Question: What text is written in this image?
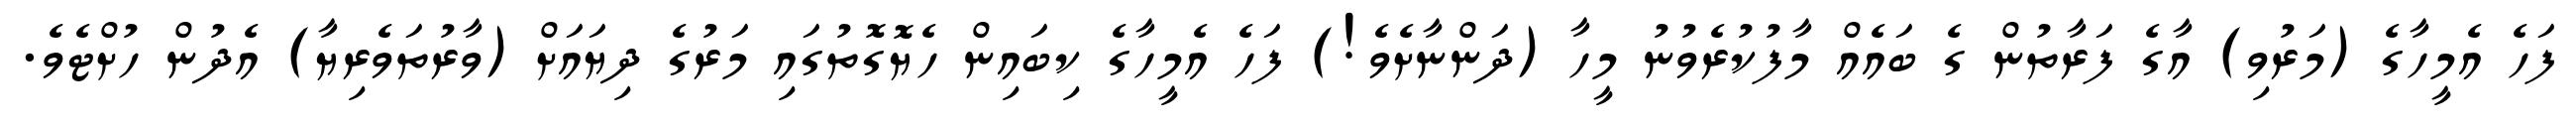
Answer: ފަހެ އެމީހާގެ (މަރުވި) އާގެ ފަރާތުން ގެ ބައެއް މާފުކުރެވުނު މީހާ (ދަންނާށެވެ!) ފަހެ އެމީހާގެ ކިބައިން ހެޔޮގޮތުގައި މަރުގެ ދިޔައަށް (ވާރުތަވެރިޔާ) އެދުން ހުށްޓެވެ.